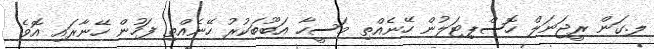
ލ.ގަން ރީޖަނަލް ހޮސްޕިޓަލުން ހޭނެއްތި މަސީހާ އަބޫބަކުރު ހޭނެއްތި ފަހުން ހޭނާރައި އޮވެ